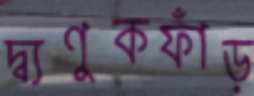
দ্ব্যণুকফাঁড়